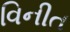
વિનીત